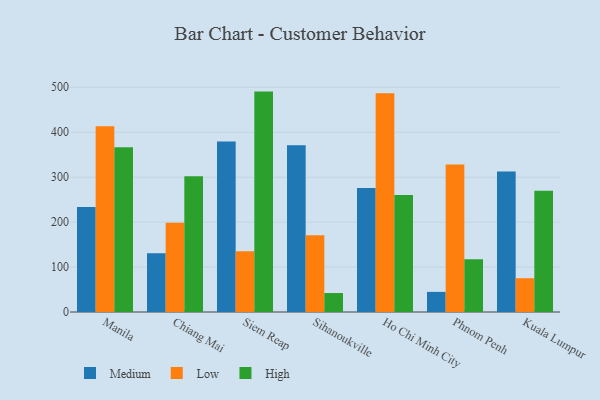
{"axis": {"x": "City", "y": "Humidity (%)"}, "legend": ["High", "Low", "Medium"], "data": [{"x": "Manila", "y": 233.7, "type": "Medium"}, {"x": "Manila", "y": 413.5, "type": "Low"}, {"x": "Manila", "y": 366.3, "type": "High"}, {"x": "Chiang Mai", "y": 130.9, "type": "Medium"}, {"x": "Chiang Mai", "y": 198.5, "type": "Low"}, {"x": "Chiang Mai", "y": 302.1, "type": "High"}, {"x": "Siem Reap", "y": 379.5, "type": "Medium"}, {"x": "Siem Reap", "y": 135.1, "type": "Low"}, {"x": "Siem Reap", "y": 490.4, "type": "High"}, {"x": "Sihanoukville", "y": 370.9, "type": "Medium"}, {"x": "Sihanoukville", "y": 170.8, "type": "Low"}, {"x": "Sihanoukville", "y": 42.2, "type": "High"}, {"x": "Ho Chi Minh City", "y": 275.7, "type": "Medium"}, {"x": "Ho Chi Minh City", "y": 486.7, "type": "Low"}, {"x": "Ho Chi Minh City", "y": 260.6, "type": "High"}, {"x": "Phnom Penh", "y": 44.8, "type": "Medium"}, {"x": "Phnom Penh", "y": 328.4, "type": "Low"}, {"x": "Phnom Penh", "y": 117.1, "type": "High"}, {"x": "Kuala Lumpur", "y": 312.5, "type": "Medium"}, {"x": "Kuala Lumpur", "y": 75.2, "type": "Low"}, {"x": "Kuala Lumpur", "y": 269.7, "type": "High"}]}